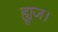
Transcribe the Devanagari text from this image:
ह्यूज।